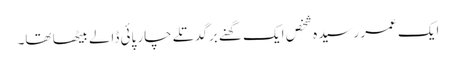
ایک عمر رسیدہ شخص ایک گھنے برگدتلے چار پائی ڈالے بیٹھا تھا۔